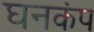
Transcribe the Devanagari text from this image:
घनकंप